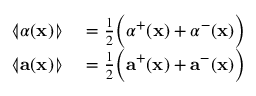
\begin{array} { r l } { \llangle \alpha ( \mathbf { x } ) \rrangle } & { { } = \frac { 1 } { 2 } \Big ( \alpha ^ { + } ( \mathbf { x } ) + \alpha ^ { - } ( \mathbf { x } ) \Big ) } \\ { \llangle \mathbf { a } ( \mathbf { x } ) \rrangle } & { { } = \frac { 1 } { 2 } \Big ( \mathbf { a } ^ { + } ( \mathbf { x } ) + \mathbf { a } ^ { - } ( \mathbf { x } ) \Big ) } \end{array}